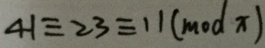
4 1 \equiv 2 3 \equiv 1 1 ( m o d x )